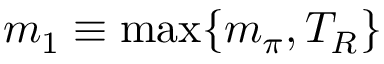
m _ { 1 } \equiv \operatorname * { m a x } \{ m _ { \pi } , T _ { R } \}